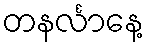
တနင်္လာနေ့